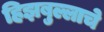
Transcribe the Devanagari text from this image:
हिझबुल्लाचे